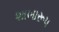
શાખારૂપ